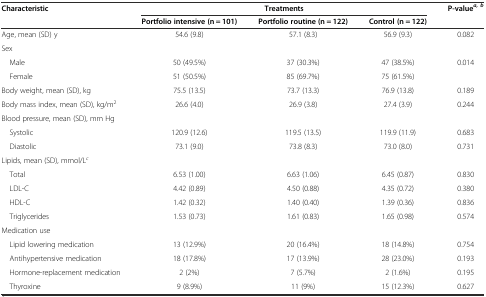
<table><thead><tr><td rowspan="2"><b>Characteristic</b></td><td colspan="3"><b>Treatments</b></td><td><b>P-value<sup><i>a, b</i></sup></b></td></tr><tr><td><b>Portfolio intensive (n = 101)</b></td><td><b>Portfolio routine (n = 122)</b></td><td><b>Control (n = 122)</b></td><td></td></tr></thead><tbody><tr><td>Age, mean (SD) y</td><td>54.6 (9.8)</td><td>57.1 (8.3)</td><td>56.9 (9.3)</td><td>0.082</td></tr><tr><td>Sex</td><td></td><td></td><td></td><td></td></tr><tr><td> Male</td><td>50 (49.5%)</td><td>37 (30.3%)</td><td>47 (38.5%)</td><td rowspan="2">0.014</td></tr><tr><td> Female</td><td>51 (50.5%)</td><td>85 (69.7%)</td><td>75 (61.5%)</td></tr><tr><td>Body weight, mean (SD), kg</td><td>75.5 (13.5)</td><td>73.7 (13.3)</td><td>76.9 (13.8)</td><td>0.189</td></tr><tr><td>Body mass index, mean (SD), kg/m<sup>2</sup></td><td>26.6 (4.0)</td><td>26.9 (3.8)</td><td>27.4 (3.9)</td><td>0.244</td></tr><tr><td>Blood pressure, mean (SD), mm Hg</td><td></td><td></td><td></td><td></td></tr><tr><td> Systolic</td><td>120.9 (12.6)</td><td>119.5 (13.5)</td><td>119.9 (11.9)</td><td>0.683</td></tr><tr><td> Diastolic</td><td>73.1 (9.0)</td><td>73.8 (8.3)</td><td>73.0 (8.0)</td><td>0.731</td></tr><tr><td>Lipids, mean (SD), mmol/L<sup><i>c</i></sup></td><td></td><td></td><td></td><td></td></tr><tr><td> Total</td><td>6.53 (1.00)</td><td>6.63 (1.06)</td><td>6.45 (0.87)</td><td>0.830</td></tr><tr><td> LDL-C</td><td>4.42 (0.89)</td><td>4.50 (0.88)</td><td>4.35 (0.72)</td><td>0.380</td></tr><tr><td> HDL-C</td><td>1.42 (0.32)</td><td>1.40 (0.40)</td><td>1.39 (0.36)</td><td>0.836</td></tr><tr><td> Triglycerides</td><td>1.53 (0.73)</td><td>1.61 (0.83)</td><td>1.65 (0.98)</td><td>0.574</td></tr><tr><td>Medication use</td><td></td><td></td><td></td><td></td></tr><tr><td> Lipid lowering medication</td><td>13 (12.9%)</td><td>20 (16.4%)</td><td>18 (14.8%)</td><td>0.754</td></tr><tr><td> Antihypertensive medication</td><td>18 (17.8%)</td><td>17 (13.9%)</td><td>28 (23.0%)</td><td>0.193</td></tr><tr><td> Hormone-replacement medication</td><td>2 (2%)</td><td>7 (5.7%)</td><td>2 (1.6%)</td><td>0.195</td></tr><tr><td> Thyroxine</td><td>9 (8.9%)</td><td>11 (9%)</td><td>15 (12.3%)</td><td>0.627</td></tr></tbody></table>